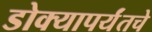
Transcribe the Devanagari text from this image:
डोक्यापर्यंतचे